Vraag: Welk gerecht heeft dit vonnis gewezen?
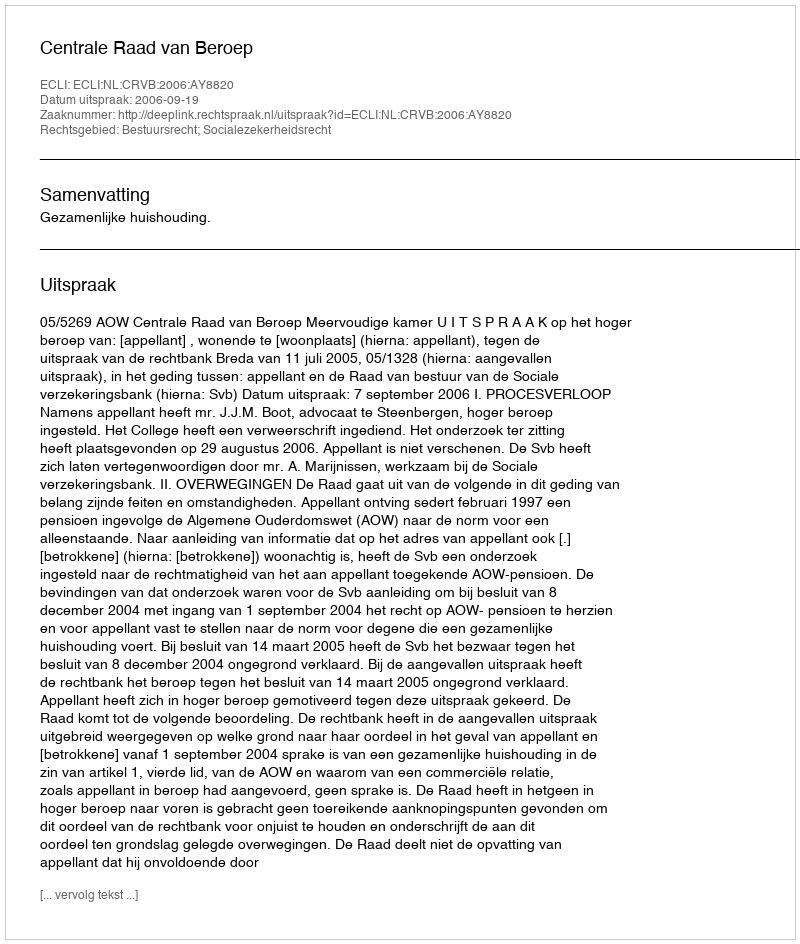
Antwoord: Centrale Raad van Beroep